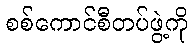
စစ်ကောင်စီတပ်ဖွဲ့ကို